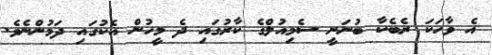
އެ ވާހަކަ ރެބެކާ ބުނަނީ ސެމިއުލްގެ ކާރުގައި ދެ މީހުން އެކުގައި ދަމުންނެވެ.